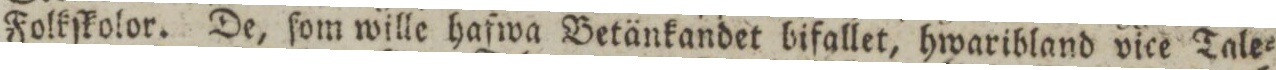
Folkſkolor. De, ſom wille hafwa Betänkandet bifallet, hwaribland vice Tale=